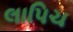
લાપિચ